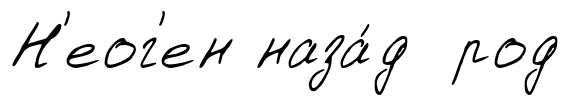
Н'еог'ен наза́д род